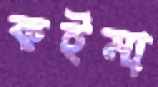
কইমা